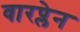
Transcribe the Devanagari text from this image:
वारप्लेन